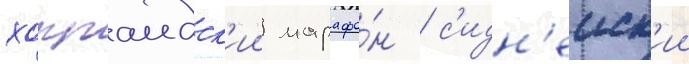
хоккаидск'ии марафо́н / с'идн'еиск'ии